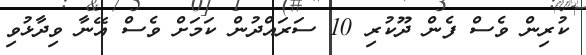
ކުރިން ވެސް ފެން ދޫކުރި 10 ސަރައްދުން ކަމަށް ވެސް އޭނާ ވިދާޅުވި